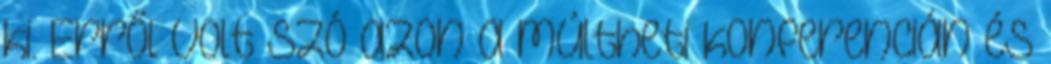
ki. Erről volt szó azon a múltheti konferencián és